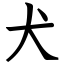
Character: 犬